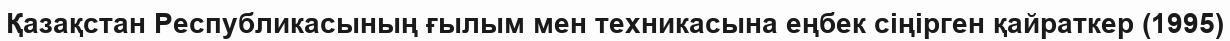
Қазақстан Республикасының ғылым мен техникасына еңбек сіңірген қайраткер (1995)